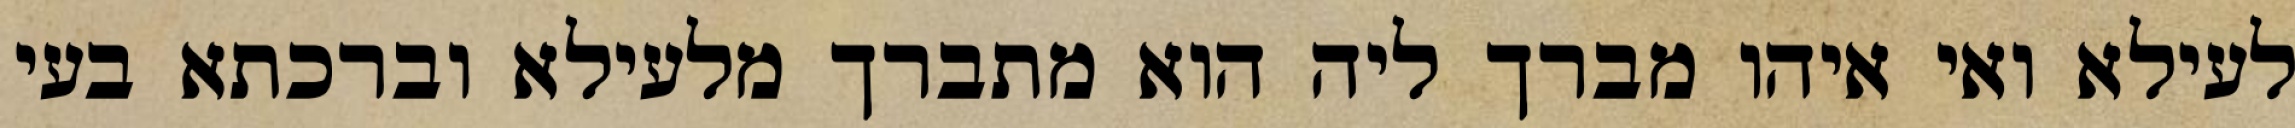
לעילא ואי איהו מברך ליה הוא מתברך מלעילא וברכתא בעי